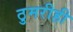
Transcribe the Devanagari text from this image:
ठुमरीही